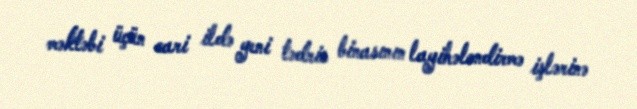
məktəbi üçün cari ildə yeni tədris binasının layihələndirmə işlərinə